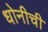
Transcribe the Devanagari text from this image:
धोनीची